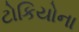
ટોકિયોના